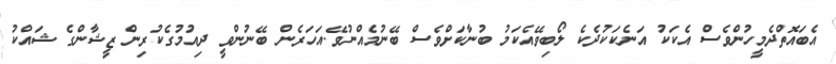
އެބައޮތްދެމީހުންވެސް އެކަކު އަނެކަކުދެކެ ލޯބިވޭއެކަމު ބުނާކަށްވެސް ބޭނުމެއްނުވޭ.އަހަރެން ބޭނުންވީ ދިއުމުގެކުރިން ޒީޝާންގެ ޝައްކު